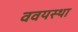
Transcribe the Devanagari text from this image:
ववयस्था